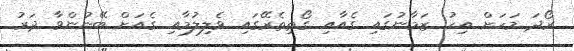
ރޯދަ މަހަށް އިހު ޒަމާނުގައި ގެއާއި ގޯތިތެރޭގައި ވެލިލުމާއި ގެއަށް ބޭނުންވާ ދަރު